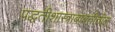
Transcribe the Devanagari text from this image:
पद्धतीशास्त्राबाबतीतील